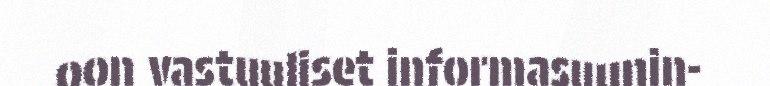
oon vastuuliset informasuunin-